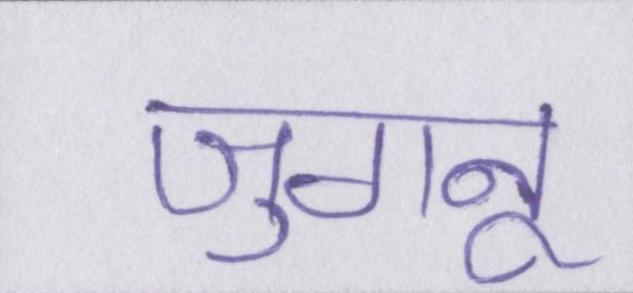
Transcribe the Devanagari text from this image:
जुगनू